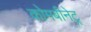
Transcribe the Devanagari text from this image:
कोमबीनेट्र